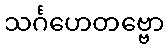
သင်္ဂဟေတဗ္ဗော